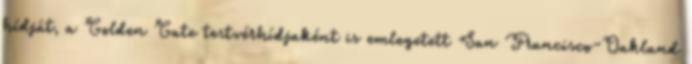
hídját, a Golden Gate testvérhídjaként is emlegetett San Francisco-Oakland